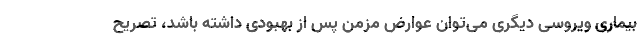
بیماری ویروسی دیگری می‌توان عوارض مزمن پس از بهبودی داشته باشد، تصریح